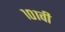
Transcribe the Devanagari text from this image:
१०१वी